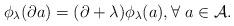
LaTeX: \begin{align*}\phi_{\lambda}(\partial a)= (\partial+ \lambda)\phi_{\lambda}(a), \forall \ a\in\mathcal{A}.\end{align*}